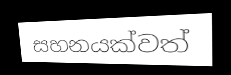
සහනයක්වත්